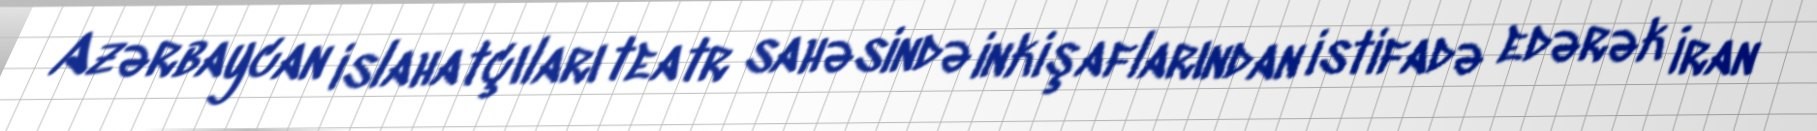
Azərbaycan islahatçıları teatr sahəsində inkişaflarından istifadə edərək İran